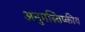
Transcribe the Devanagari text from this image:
अनुमस्तिष्‍कीय